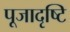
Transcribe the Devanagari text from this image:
पूजादृष्टि